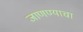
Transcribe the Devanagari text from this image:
जाणण्याचा